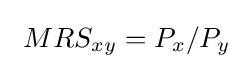
\ MRS_{xy}=P_{x}/P_{y}